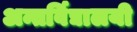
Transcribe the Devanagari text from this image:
अन्तर्विद्यालयी